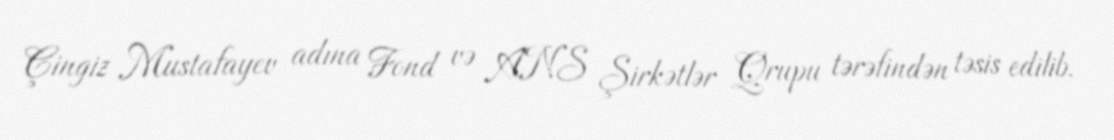
Çingiz Mustafayev adına Fond və ANS Şirkətlər Qrupu tərəfindən təsis edilib.